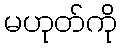
မဟုတ်ကို